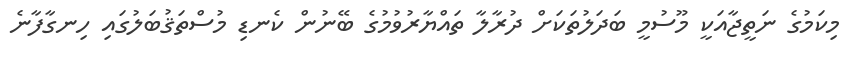
މިކަމުގެ ނަތީޖާއަކީ މޫސުމީ ބަދަލުތަކަށް ދުރާލާ ތައްޔާރުވުމުގެ ބޭނުން ކެނޑި މުސްތަޤުބަލުގައި ހިނގާފާނެ